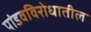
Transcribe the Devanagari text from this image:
पांडवविरोधातील